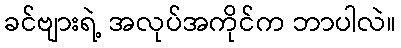
ခင်ဗျားရဲ့ အလုပ်အကိုင်က ဘာပါလဲ။